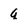
Character: q